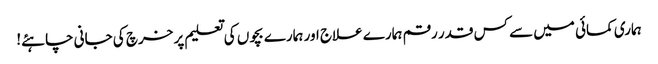
ہماری کمائی میں سے کس قدر رقم ہمارے علاج اور ہمارے بچوں کی تعلیم پر خرچ کی جانی چاہئے!